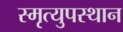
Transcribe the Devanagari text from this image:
स्मृत्युपस्थान